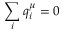
\sum _ { i } q _ { i } ^ { \mu } = 0